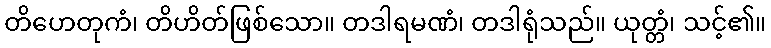
တိဟေတုကံ၊ တိဟိတ်ဖြစ်သော။ တဒါရမဏံ၊ တဒါရုံသည်။ ယုတ္တံ၊ သင့်၏။